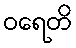
ဝရေတိ